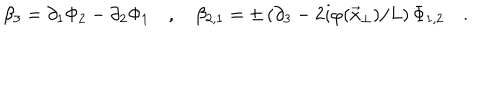
\beta _ { 3 } = \partial _ { 1 } \Phi _ { 2 } - \partial _ { 2 } \Phi _ { 1 } \quad , \quad \beta _ { 2 , 1 } = \pm \left( \partial _ { 3 } - 2 i \varphi ( \vec { x } _ { \perp } ) / L \right) \Phi _ { 1 , 2 } \quad .